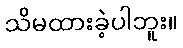
သိမထားခဲ့ပါဘူး။